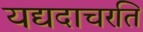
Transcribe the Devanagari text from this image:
यद्यदाचरति